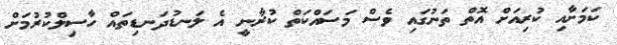
ކަމަށާއި ކުރިއަށް އޮތް ތަނުގައި ވެސް މަސައްކަތް ކުރާނީ އެ ލަނޑުދަނޑިތައް ހާސިލްކުރުމަށް